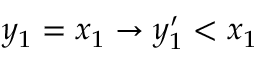
y _ { 1 } = x _ { 1 } \to y _ { 1 } ^ { \prime } < x _ { 1 }